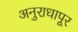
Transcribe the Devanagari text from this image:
अनुराधापूर